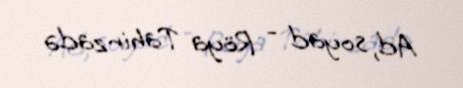
Ad, soyad - Röya Tahirzadə